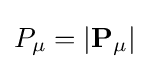
P_{\mu }=|\mathbf {P} _{\mu }|